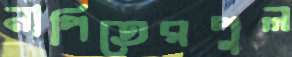
নাপিতেরপুল